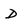
Character: D